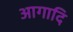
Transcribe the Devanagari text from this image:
आगादि